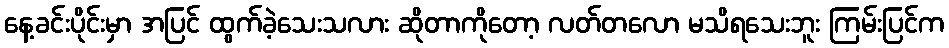
နေ့ခင်းပိုင်းမှာ အပြင် ထွက်ခဲ့သေးသလား ဆိုတာကိုတော့ လတ်တလော မသိရသေးဘူး ကြမ်းပြင်က